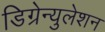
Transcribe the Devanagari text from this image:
डिग्रेन्युलेशन